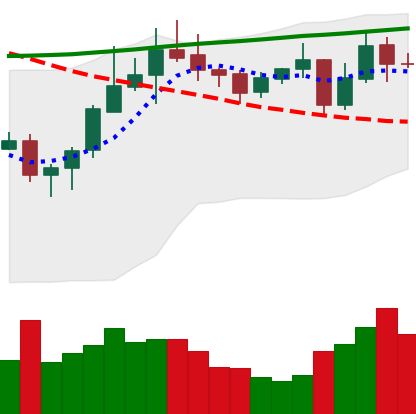
Ticker: ADA-USD
Chart end date: 2020-10-24
Forward return: -11.75%
Label: down_7plus